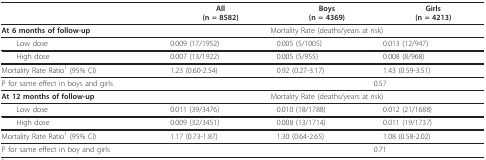
|  | All(n = 8582) | Boys(n = 4369) | Girls(n = 4213) |
 | --- | --- | --- | --- |
 | At 6 months of follow-up | <COLSPAN=3> Mortality Rate (deaths/years at risk) |
 | Low dose | 0.009 (17/1952) | 0.005 (5/1005) | 0.013 (12/947) |
 | High dose | 0.007 (13/1922) | 0.005 (5/955) | 0.008 (8/968) |
 | Mortality Rate Ratio1 (95% CI) | 1.23 (0.60-2.54) | 0.92 (0.27-3.17) | 1.43 (0.59-3.51) |
 | P for same effect in boys and girls |  | <COLSPAN=2> 0.57 |
 | At 12 months of follow-up | <COLSPAN=3> Mortality Rate (deaths/years at risk) |
 | Low dose | 0.011 (39/3476) | 0.010 (18/1788) | 0.012 (21/1688) |
 | High dose | 0.009 (32/3451) | 0.008 (13/1714) | 0.011 (19/1737) |
 | Mortality Rate Ratio1 (95% CI) | 1.17 (0.73-1.87) | 1.30 (0.64-2.65) | 1.08 (0.58-2.02) |
 | P for same effect in boy and girls |  | <COLSPAN=2> 0.71 |